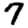
Digit: 7